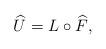
LaTeX: \begin{align*}\widehat{U} = L \circ \widehat{F},\end{align*}